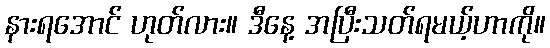
နားရအောင် ဟုတ်လား။ ဒီနေ့ အပြီးသတ်ရမယ့်ဟာကို။